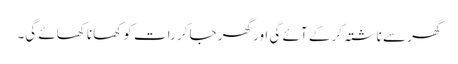
گھر سے ناشتہ کر کے آئے گی اور گھر جا کر رات کو کھانا کھائے گی۔